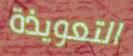
التعويذة